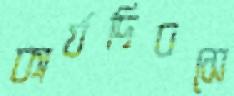
কার্যদিবসে